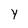
Character: Y